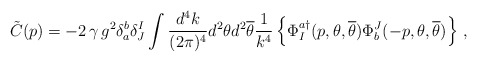
\begin{align*}\tilde{C}(p) =-2 \, \gamma \, g^{2}\delta_{a}^{b}\delta_{J}^{I} \int \frac{d^{4}k}{(2\pi)^{4}} d^{2}\theta d^{2}{\overline\theta}\frac{1}{k^{4}} \left\{ \Phi^{a\dagger}_{I}(p,\theta,{\overline \theta}){\Phi}_{b}^{J}(-p,\theta,{\overline \theta}) \right\} \, ,\end{align*}